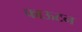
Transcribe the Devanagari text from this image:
फाऊटन